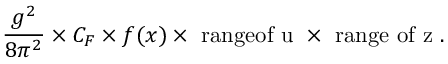
\frac { g ^ { 2 } } { 8 \pi ^ { 2 } } \times C _ { F } \times f ( x ) \times \mathrm { \mathrm { ~ r a n g e o f ~ u ~ } } \times \mathrm { \mathrm { ~ r a n g e ~ o f ~ z ~ } } .